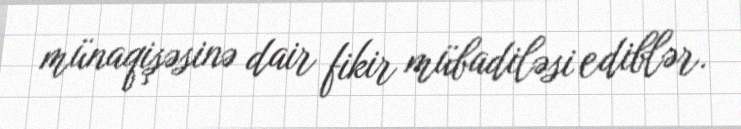
münaqişəsinə dair fikir mübadiləsi ediblər.